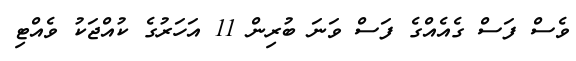
ވެސް ފަސް ގެއެއްގެ ފަސް ވަނަ ބުރިން 11 އަހަރުގެ ކުއްޖަކު ވެއްޓި